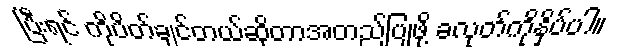
ပြီးရင် ကိုပိတ်ချင်တယ်ဆိုတာအတည်ပြုဖို့ ခလုတ်ကိုနှိပ်ပါ။